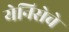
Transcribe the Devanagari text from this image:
येनिसेचे